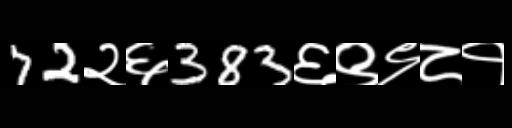
Text: 72२६383६९९८१